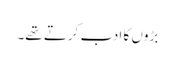
بڑوں کا ادب کرتے تھے۔